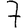
Digit: 7